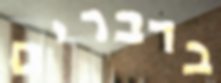
בדברים